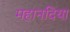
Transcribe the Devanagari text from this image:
महानदिया